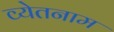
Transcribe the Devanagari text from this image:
व्येतनाम